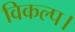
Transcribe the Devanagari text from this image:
विकल्प।